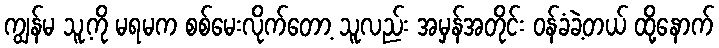
ကျွန်မ သူ့ကို မရမက စစ်မေးလိုက်တော့ သူလည်း အမှန်အတိုင်း ဝန်ခံခဲ့တယ် ထို့နောက်